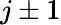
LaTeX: j\pm 1